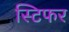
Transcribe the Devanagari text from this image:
स्टिफर